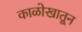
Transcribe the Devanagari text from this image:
काळोखातून